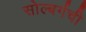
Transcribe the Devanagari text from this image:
सोल्बर्गची